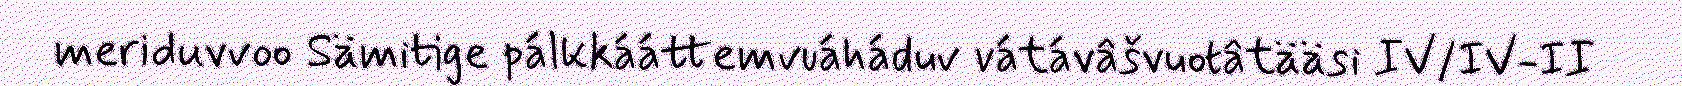
meriduvvoo Sämitige pálkkááttemvuáháduv vátávâšvuotâtääsi IV/IV-II